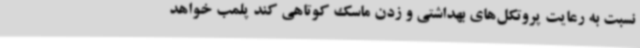
نسبت به رعایت پروتکل‌های بهداشتی و زدن‌ ماسک کوتاهی کند پلمب خواهد